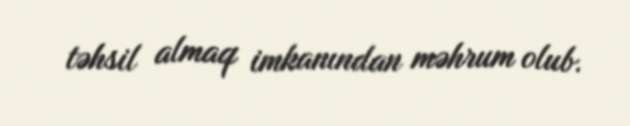
təhsil almaq imkanından məhrum olub.